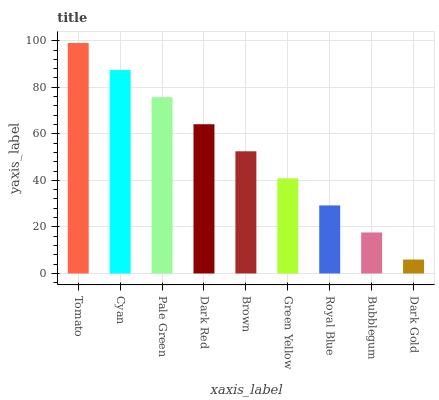
| xaxis_label | bars |
 | --- | --- |
 | Tomato | 99 |
 | Cyan | 87.4 |
 | Pale Green | 75.7 |
 | Dark Red | 64.1 |
 | Brown | 52.5 |
 | Green Yellow | 40.9 |
 | Royal Blue | 29.2 |
 | Bubblegum | 17.6 |
 | Dark Gold | 5.98 |